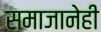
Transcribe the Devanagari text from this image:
समाजानेही